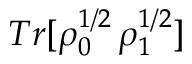
T r [ \rho _ { 0 } ^ { 1 / 2 } \, \rho _ { 1 } ^ { 1 / 2 } ]